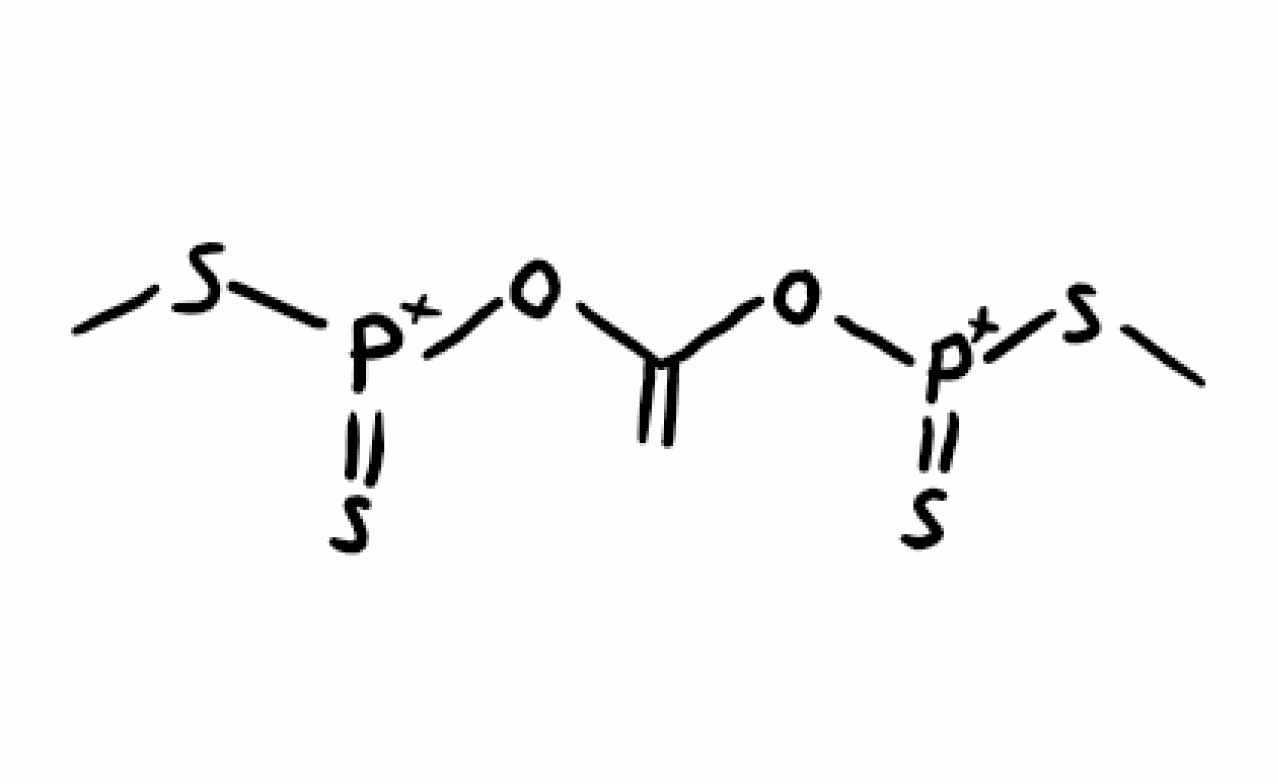
Simplified molecular-input line-entry system (SMILES) notation of the given molecule:
CS[P+](=S)OC(=C)O[P+](=S)SC